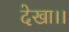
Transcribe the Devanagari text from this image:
देखा।।